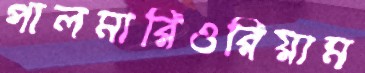
পালমারিওরিয়াম